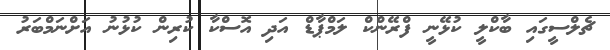
ޗެލްސީގައި ބާކްލީ ކުޅޭނީ ފްރޭންކް ލަމްޕާޑް އަދި އޮސްކާ ކުރިން ކުޅުނު އަށްނަމްބަރު